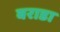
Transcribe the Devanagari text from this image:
बराडा